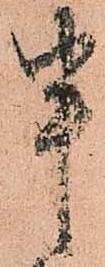
申